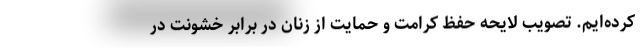
کرده‌ایم. تصویب لایحه حفظ کرامت و حمایت از زنان در برابر خشونت در